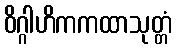
ဝိဂ္ဂါဟိကကထာသုတ္တံ